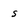
Character: s